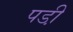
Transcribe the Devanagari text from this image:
पडी़